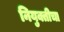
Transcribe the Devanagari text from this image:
नियुक्तीचा